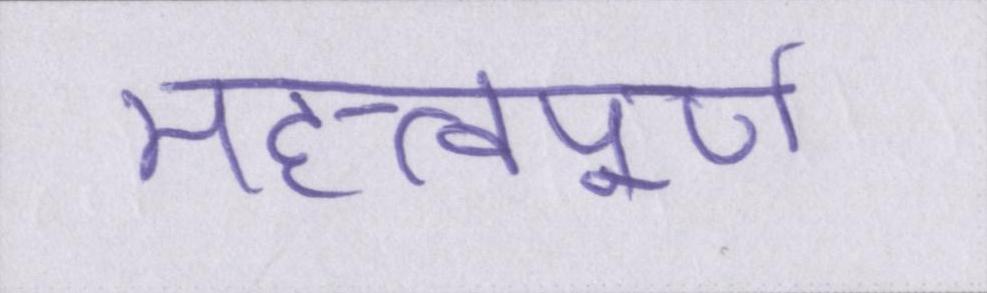
महत्त्वपूर्ण